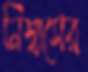
নিশ্বাসের